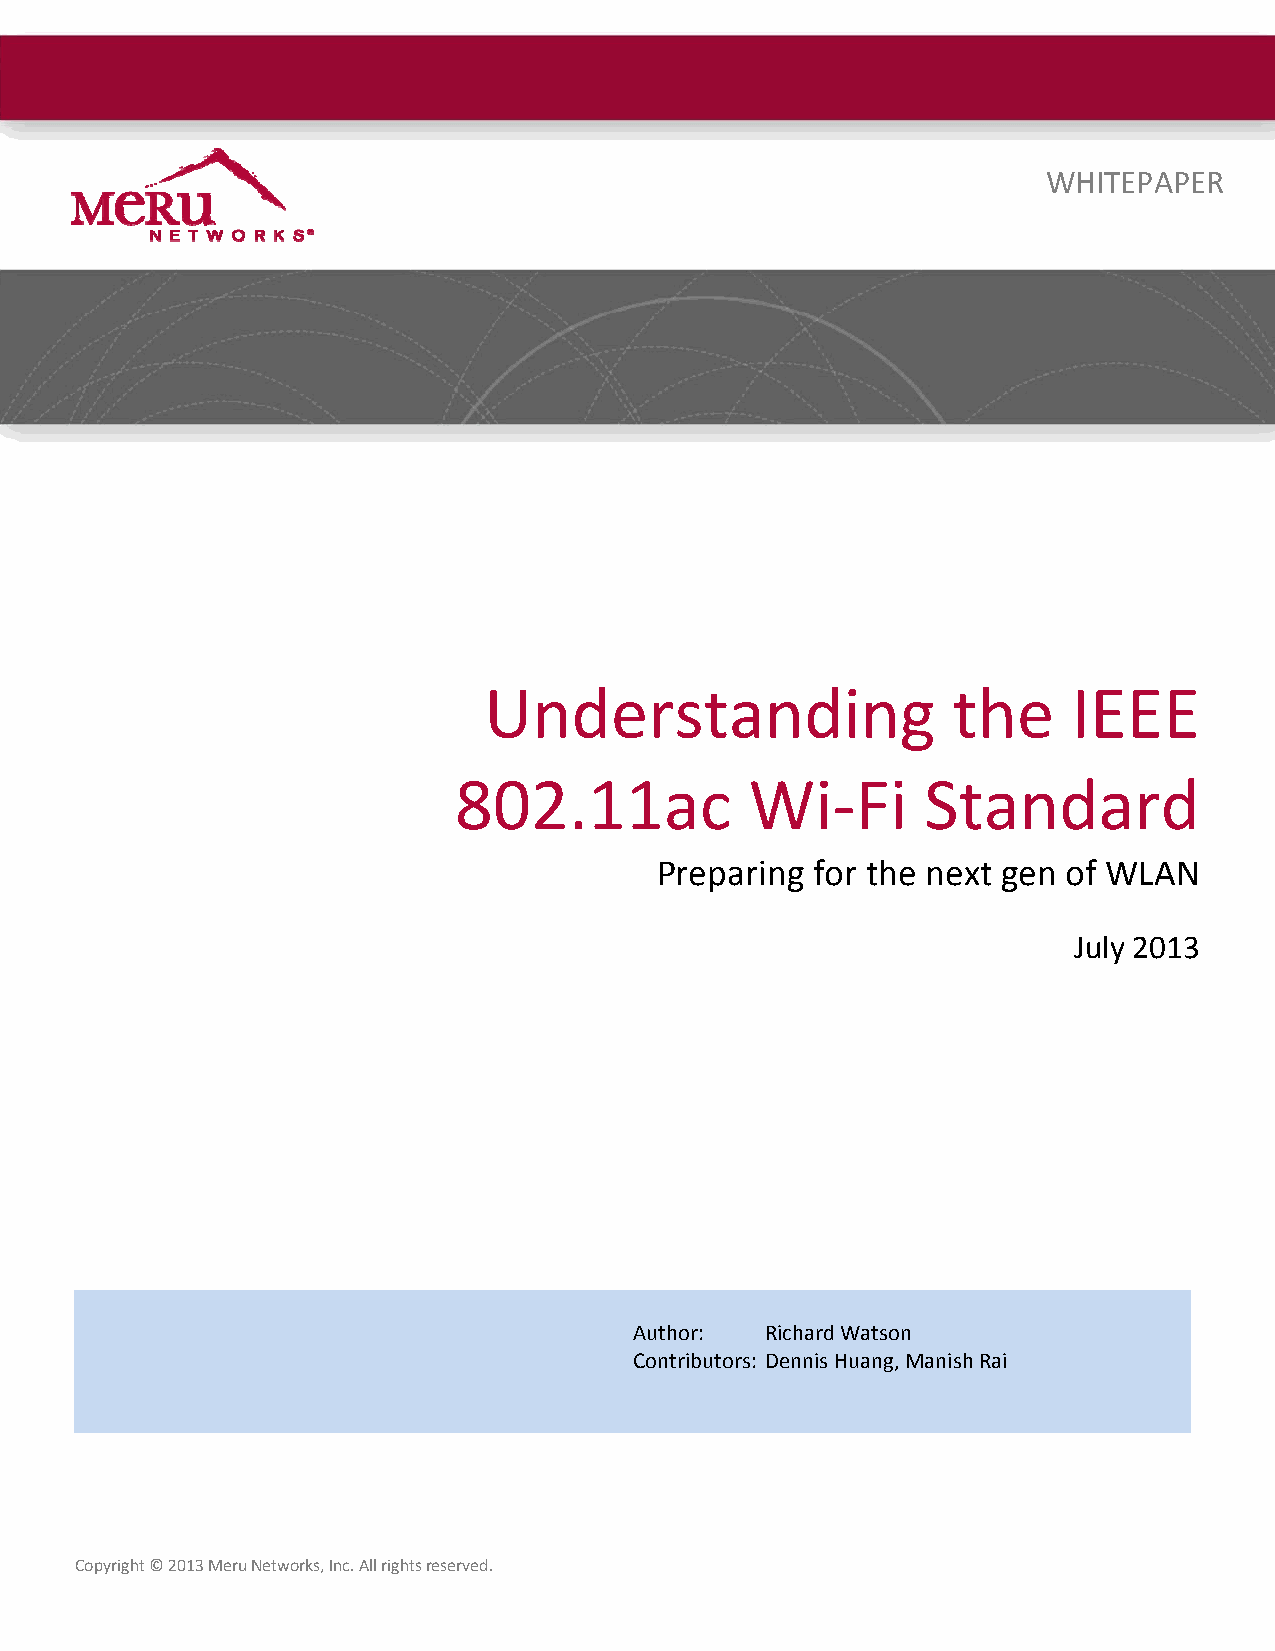
WHITEPAPER
 Understanding                  the     IEEE
 802.11ac            Wi‐Fi      Standard
 Preparing  for the next gen of WLAN
 July 2013
 Author:  Richard Watson
 Contributors: Dennis Huang, Manish Rai
 Copyright © 2013 Meru Networks, Inc. All rights reserved.